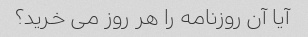
آیا آن روزنامه را هر روز می خرید؟